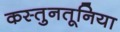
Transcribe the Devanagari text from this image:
कस्तुनतूनिया